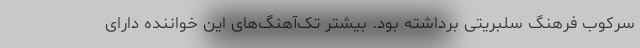
سرکوب فرهنگ سلبریتی برداشته بود. بیشتر تک‌آهنگ‌های این خواننده دارای